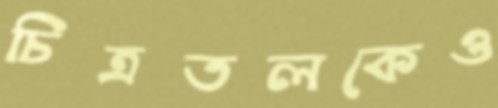
চিত্রতলকেও